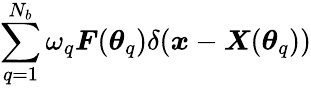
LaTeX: \sum_{q=1}^{N_{b}}\omega_{q}\boldsymbol F(\boldsymbol\theta_{q})\delta(\boldsymbol x-\boldsymbol X(\boldsymbol\theta_{q}))